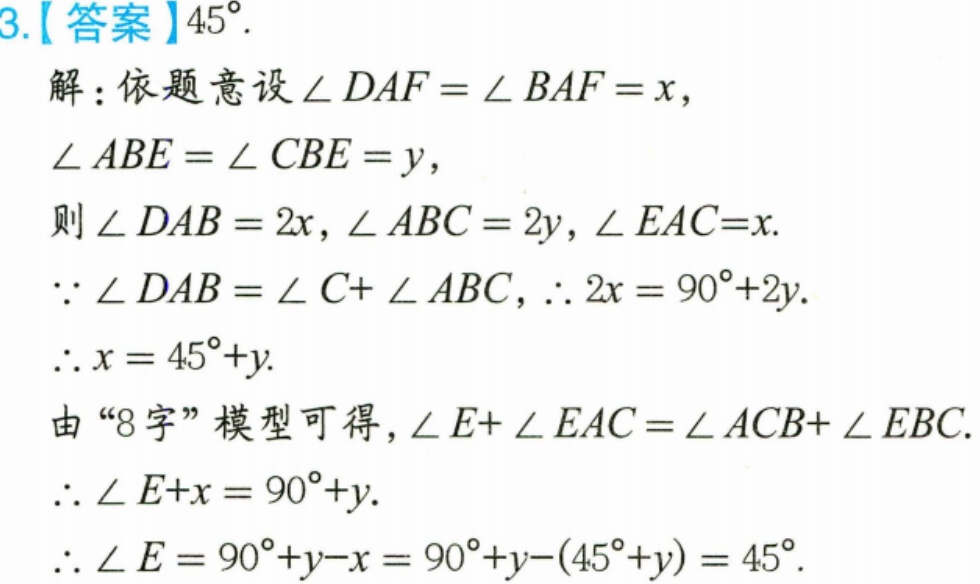
3.【答案】\(45^{\circ}\).
解：依题意设\(\angle DAF = \angle BAF = x\)，
\(\angle ABE = \angle CBE = y\)，
则\(\angle DAB = 2x\)，\(\angle ABC = 2y\)，\(\angle EAC = x\).
\(\because\angle DAB=\angle C+\angle ABC\)，\(\therefore 2x = 90^{\circ}+2y\).
\(\therefore x = 45^{\circ}+y\).
由“8字”模型可得，\(\angle E+\angle EAC=\angle ACB+\angle EBC\).
\(\therefore\angle E + x = 90^{\circ}+y\).
\(\therefore\angle E = 90^{\circ}+y - x = 90^{\circ}+y-(45^{\circ}+y)=45^{\circ}\).